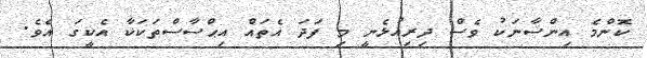
ކޮންމެ އިންސާނަކު ވެސް ދިރިއުޅެނީ މި ފަދަ އެތައް އިޙްސާސްތަކަކާ އެކީގަ އެވެ.